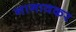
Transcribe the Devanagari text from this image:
नागावकर